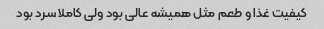
کیفیت غذا و طعم مثل همیشه عالی بود ولی کاملا سرد بود